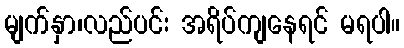
မျက်နှာ၊လည်ပင်း အရိပ်ကျနေရင် မရပါ။